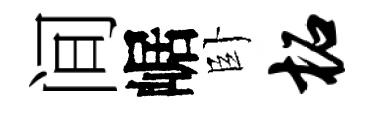
间崌卧柘